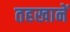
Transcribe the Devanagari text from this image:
तहखानें